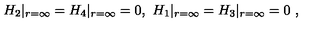
H _ { 2 } | _ { r = \infty } = H _ { 4 } | _ { r = \infty } = 0 , \ H _ { 1 } | _ { r = \infty } = H _ { 3 } | _ { r = \infty } = 0 \ ,